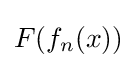
F(f_{n}(x))